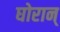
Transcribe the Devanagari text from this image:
घोरान्